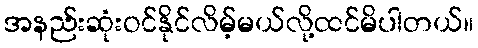
အနည်းဆုံးဝင်နိုင်လိမ့်မယ်လို့ထင်မိပါတယ်။